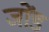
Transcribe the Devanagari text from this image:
जोंड